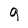
Character: q